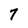
Character: 7